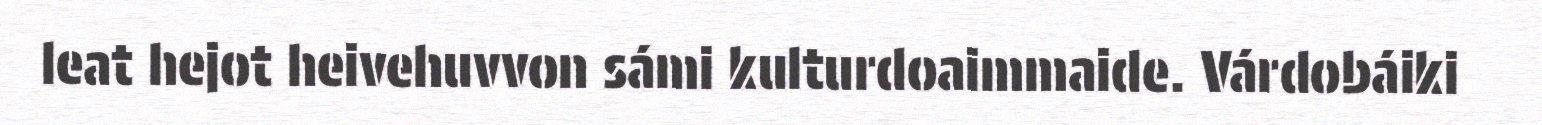
leat hejot heivehuvvon sámi kulturdoaimmaide. Várdobáiki